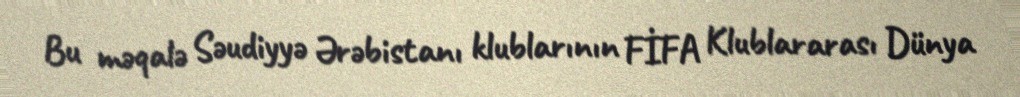
Bu məqalə Səudiyyə Ərəbistanı klublarının FİFA Klublararası Dünya